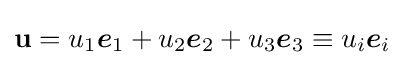
\mathbf {u} =u_{1}{\boldsymbol {e}}_{1}+u_{2}{\boldsymbol {e}}_{2}+u_{3}{\boldsymbol {e}}_{3}\equiv u_{i}{\boldsymbol {e}}_{i}